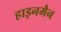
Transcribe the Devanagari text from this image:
हाइनमैन